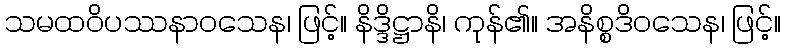
သမထဝိပဿနာဝသေန၊ ဖြင့်။ နိဒ္ဒိဋ္ဌာနိ၊ ကုန်၏။ အနိစ္စဒိဝသေန၊ ဖြင့်။